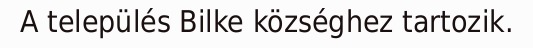
A település Bilke községhez tartozik.